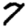
Digit: 7